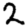
Digit: 2